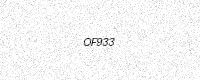
Text: OF933